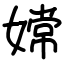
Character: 嫦